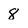
Character: 8